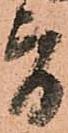
旨